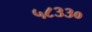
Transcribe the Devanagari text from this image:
५८३३०